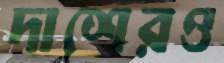
দাশেরও